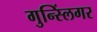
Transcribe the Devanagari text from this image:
गुन्स्लिंगर